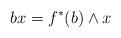
LaTeX: \begin{align*}b x=f^*(b)\wedge x\end{align*}